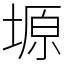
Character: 塬